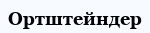
Ортштейндер